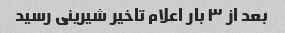
بعد از ۳ بار اعلام تاخیر شیرینی رسید